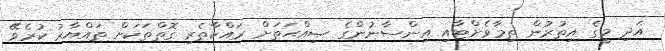
އަދި މީގެ އިތުރުން ތިމާވެށްޓާއި އިންސާނުންގެ ޞިއްޙަތަށް ރައްކާތެރި ގޮތްތަކަށް ތައްޔާރު ކުރެވޭ